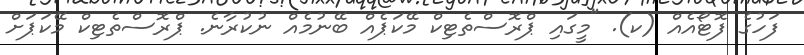
ފަހުގެ ފޮޓޯއެއް (ކ). "މީގައި ޕްރޮސްތެޓިކް މޭކަޕެއް ބޭނުމެއް ނުކުރާނެ. ޕްރޮސްތެޓިކް މޭކަޕަށް